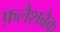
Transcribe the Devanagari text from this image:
फ़लैशबैक